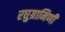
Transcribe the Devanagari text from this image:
रघुग्रामिणी